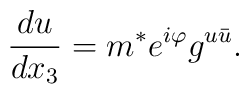
\frac{du}{dx_3} = m^*e^{i\varphi}g^{u\bar{u}}.